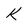
Character: k